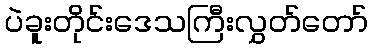
ပဲခူးတိုင်းဒေသကြီးလွှတ်တော်